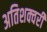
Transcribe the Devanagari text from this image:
अतिशक्वरी